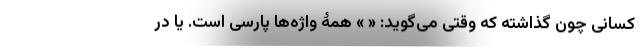
کسانی چون گذاشته که وقتی می‌گوید: « » همۀ واژه‌ها پارسی است. یا در